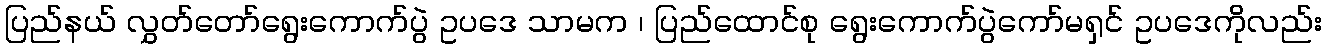
ပြည်နယ် လွှတ်တော်ရွေးကောက်ပွဲ ဥပဒေ သာမက ၊ ပြည်ထောင်စု ရွေးကောက်ပွဲကော်မရှင် ဥပဒေကိုလည်း